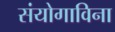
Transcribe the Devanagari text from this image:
संयोगाविना